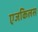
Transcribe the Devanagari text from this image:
एजकिलस